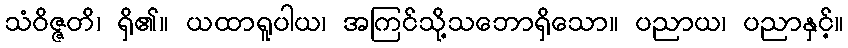
သံဝိဇ္ဇတိ၊ ရှိ၏။ ယထာရူပါယ၊ အကြင်သို့သဘောရှိသော။ ပညာယ၊ ပညာနှင့်။